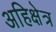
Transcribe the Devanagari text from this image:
अहिक्षेत्र